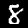
Digit: 8